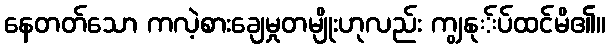
နေတတ်သော ကလဲ့စားချေမှုတမျိုးဟုလည်း ကျွနု်ပ်ထင်မိ၏။